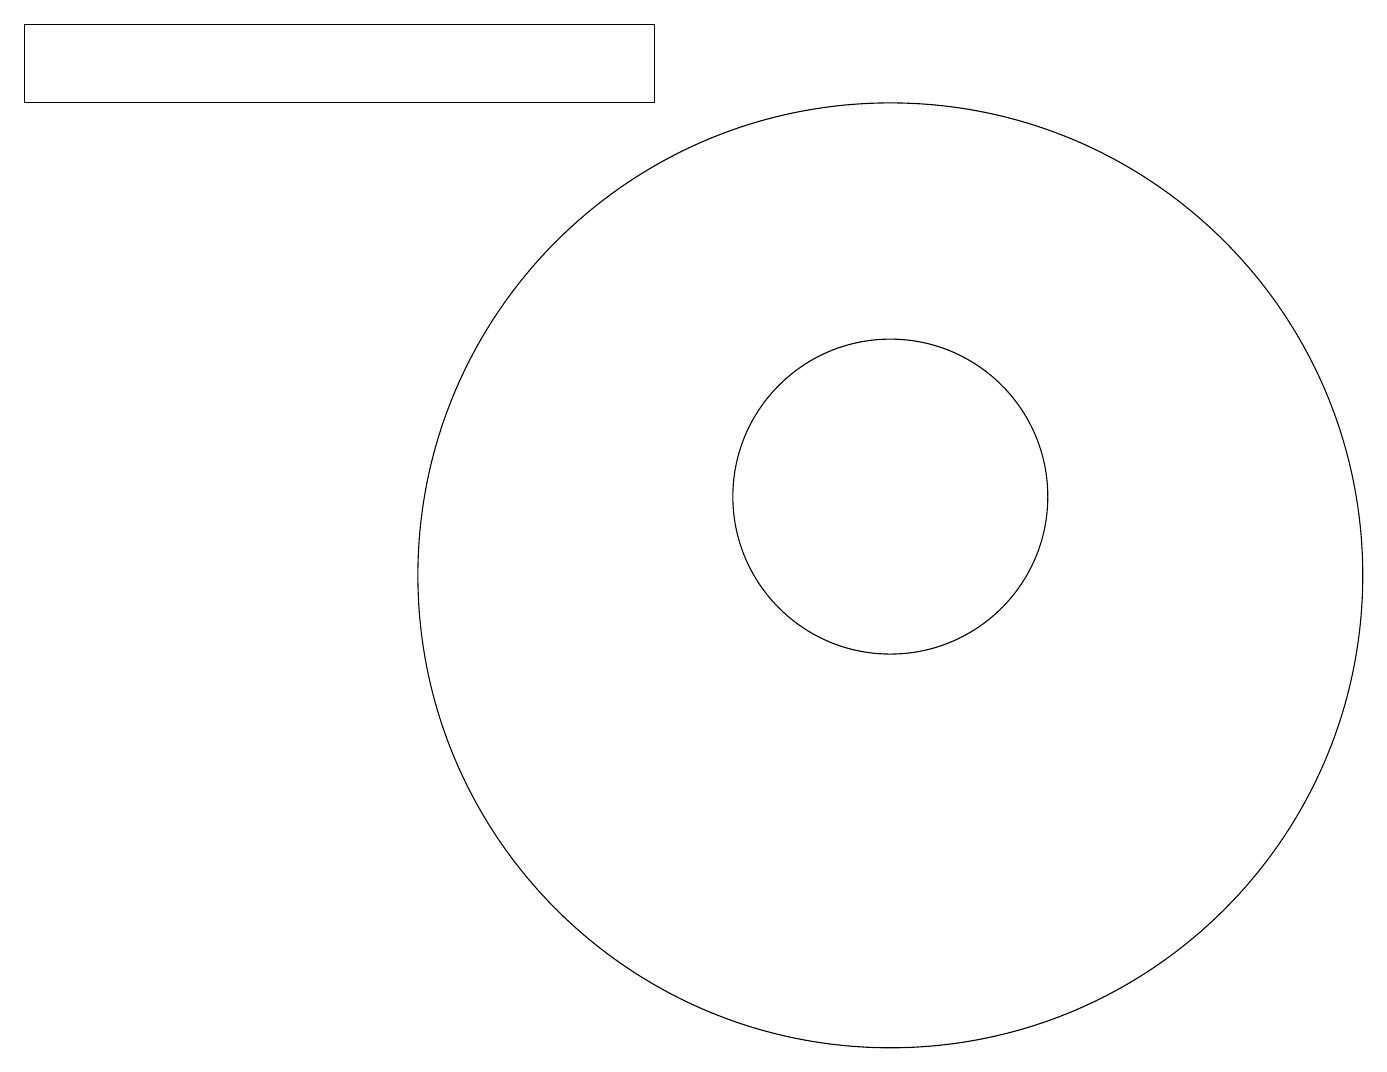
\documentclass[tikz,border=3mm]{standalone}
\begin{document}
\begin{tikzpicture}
\draw (11,12) circle (2);
\draw (11,11) circle (6);
\draw (8,17) rectangle (0,18);
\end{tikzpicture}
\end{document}